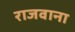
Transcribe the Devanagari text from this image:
राजवाना